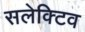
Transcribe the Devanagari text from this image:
सलेक्टिव